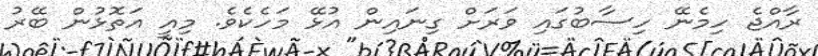
ރާއްޖެ ހިމެނޭ ހިސާބުގައި ވަރަށް ގިނައިން އުޅޭ މަހެކެވެ. މިއީ އަތޮޅުން ބޭރު